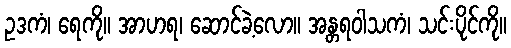
ဥဒကံ၊ ရေကို။ အာဟရ၊ ဆောင်ခဲ့လော။ အန္တရဝါသကံ၊ သင်းပိုင်ကို။